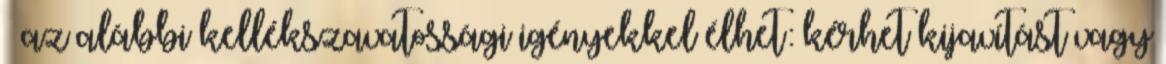
– az alábbi kellékszavatossági igényekkel élhet: kérhet kijavítást vagy